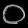
Digit: ၀